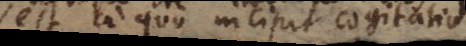
est a quo incipit cogitatio.